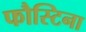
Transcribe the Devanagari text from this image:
फौस्टिना